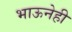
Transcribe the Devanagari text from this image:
भाऊनेही